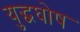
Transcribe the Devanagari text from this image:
युद्धघोष